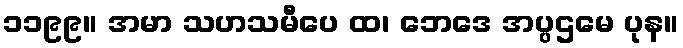
၁၁၉၉။ အမာ သဟသမီပေ ထ၊ ဘေဒေ အပ္ပဌမေ ပုန။